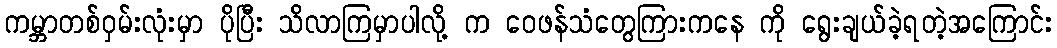
ကမ္ဘာတစ်ဝှမ်းလုံးမှာ ပိုပြီး သိလာကြမှာပါလို့ က ဝေဖန်သံတွေကြားကနေ ကို ရွေးချယ်ခဲ့ရတဲ့အကြောင်း